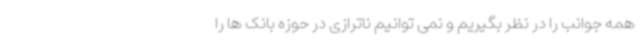
همه جوانب را در نظر بگیریم و نمی توانیم ناترازی در حوزه بانک ها را